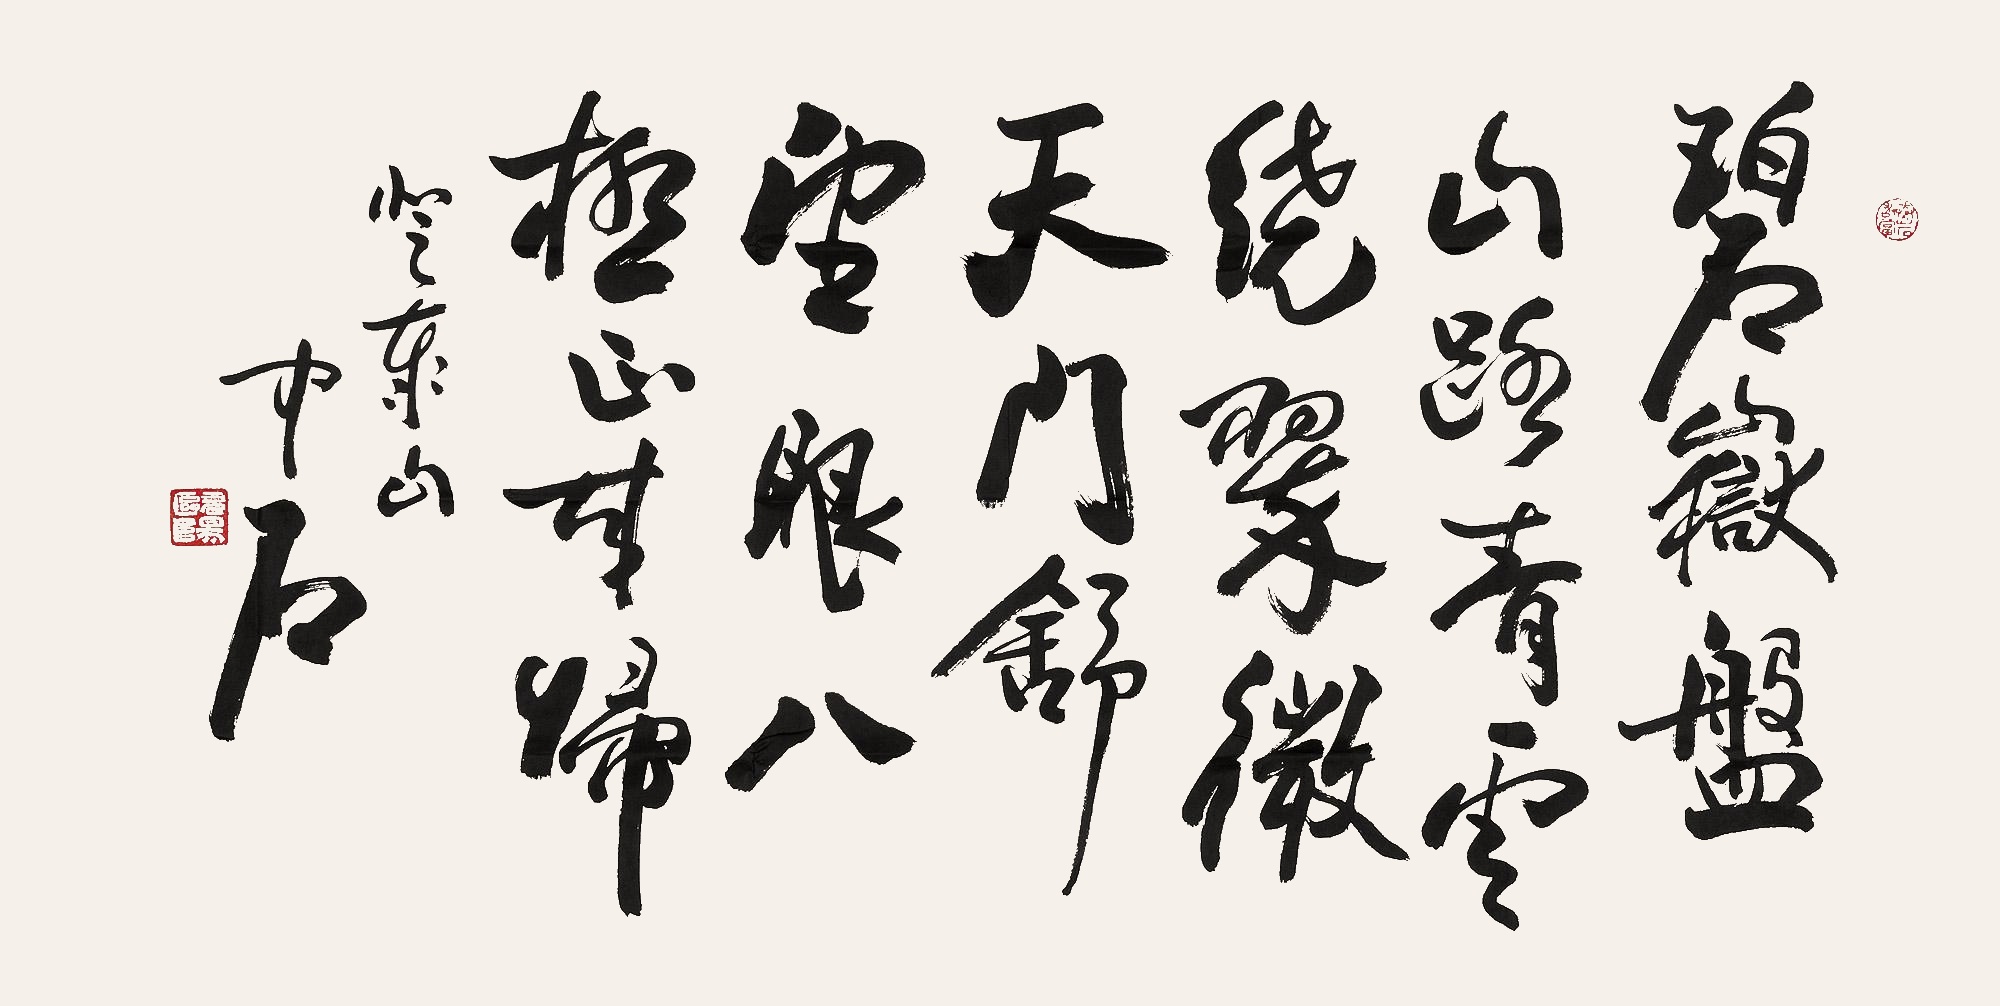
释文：碧岳盘山路，青云绕翠微。天门舒望眼，八极正来归。登泰山，中石。